Annual report of the Punjab Veterinary College and of the Civil Veterinary Department, Punjab - 1926-1932
Year: 1926
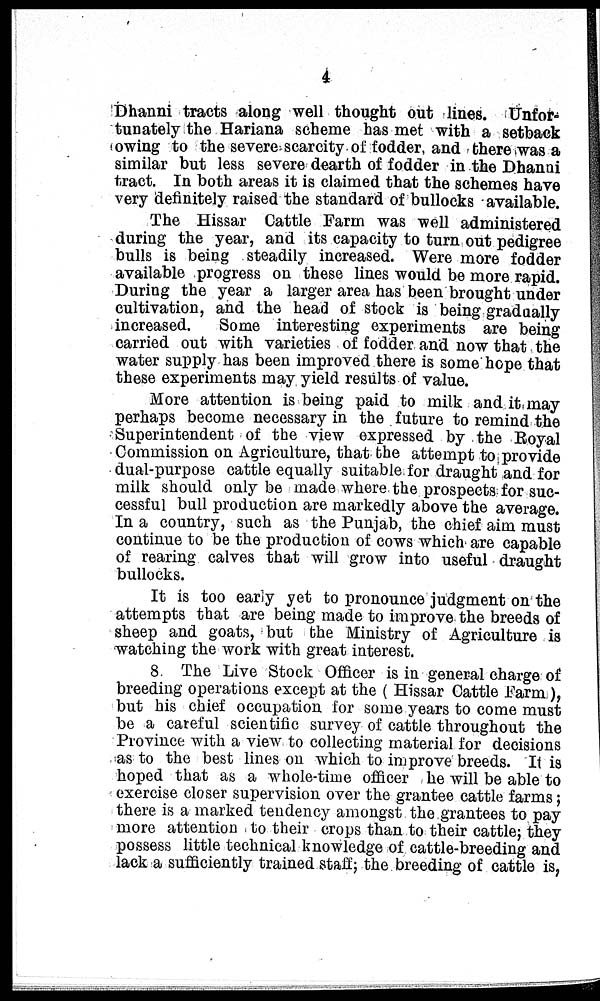
4
Dhanni tracts along well thought out lines. Unfor-
tunately the Hariana scheme has met with a setback
owing to the severe scarcity of fodder, and there was a
similar but less severe dearth of fodder in the Dhanni
tract. In both areas it is claimed that the schemes have
very definitely raised the standard of bullocks available.
The Hissar Cattle Farm was well administered
during the year, and its capacity to turn out pedigree
bulls is being steadily increased. Were more fodder
available progress on these lines would be more rapid.
During the year a larger area has been brought under
cultivation, and the head of stock is being gradually
increased.
Some interesting experiments are being
carried out with varieties of fodder and now that the
water supply has been improved there is some hope that
these experiments may yield results of value.
More attention is being paid to milk and it may
perhaps become necessary in the future to remind the
Superintendent of the view expressed by the Royal
Commission on Agriculture, that the attempt to provide
dual-purpose cattle equally suitable for draught and for
milk should only be made where the prospects for suc-
cessful bull production are markedly above the average.
In a country, such as the Punjab, the chief aim must
continue to be the production of cows which are capable
of rearing calves that will grow into useful draught
bullocks.
It is too early yet to pronounce judgment on the
attempts that are being made to improve the breeds of
sheep and goats, but the Ministry of Agriculture is
watching the work with great interest.
8 The Live Stock Officer is in general charge of
breeding operations except at the (Hissar Cattle Farm),
but his chief occupation for some years to come must
be a careful scientific survey of cattle throughout the
Province with a view to collecting material for decisions
as to the best lines on which to improve breeds. It is
hoped that as a whole-time officer he will be able to
exercise closer supervision over the grantee cattle farms;
there is a marked tendency amongst the grantees to pay
more attention to their crops than to their cattle; they
possess little technical knowledge of cattle-breeding and
lack a sufficiently trained stall; the breeding of cattle is,